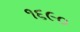
૧૬૯૦